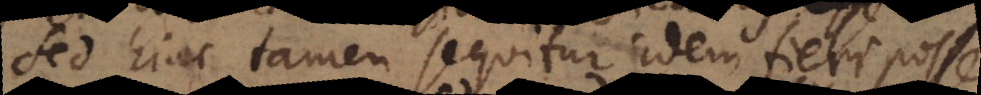
Sed hinc tamen sequitur idem fieri posse